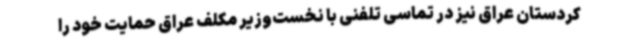
کردستان عراق نیز در تماسی تلفنی با نخست‌وزیر مکلف عراق حمایت خود را